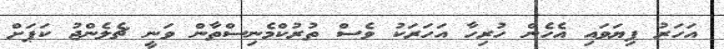
އަހަރު ފިޔަވައި އެހެން ހުރިހާ އަހަރަކު ވެސް ތުރުކްމެނިސްތާން ވަނީ ޗެލެންޖު ކަޕަށް